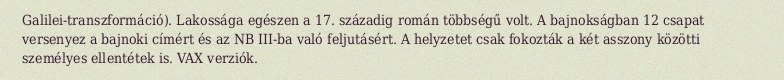
Galilei-transzformáció). Lakossága egészen a 17. századig román többségű volt. A bajnokságban 12 csapat versenyez a bajnoki címért és az NB III-ba való feljutásért. A helyzetet csak fokozták a két asszony közötti személyes ellentétek is. VAX verziók.